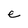
Character: e